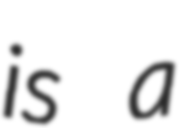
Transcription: is a